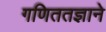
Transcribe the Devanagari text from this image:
गणिततज्ञाने